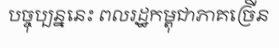
បច្ចុប្បន្ននេះ ពលរដ្ឋកម្ពុជាភាគច្រើន